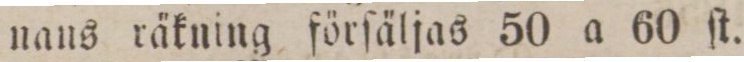
nans räkning förſäljas 50 a 60 ſt.